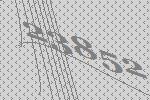
23852